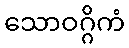
သောဝဂ္ဂိကံ